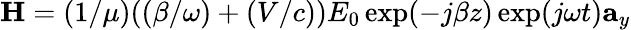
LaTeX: \mathbf{H}=(1/\mu)((\beta/\omega)+(V/c))E_{0}\exp(-j\beta z)\exp(j\omega t)\mathbf{a}_{y}